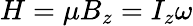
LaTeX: H=\mu B_{z}=I_{z}\omega